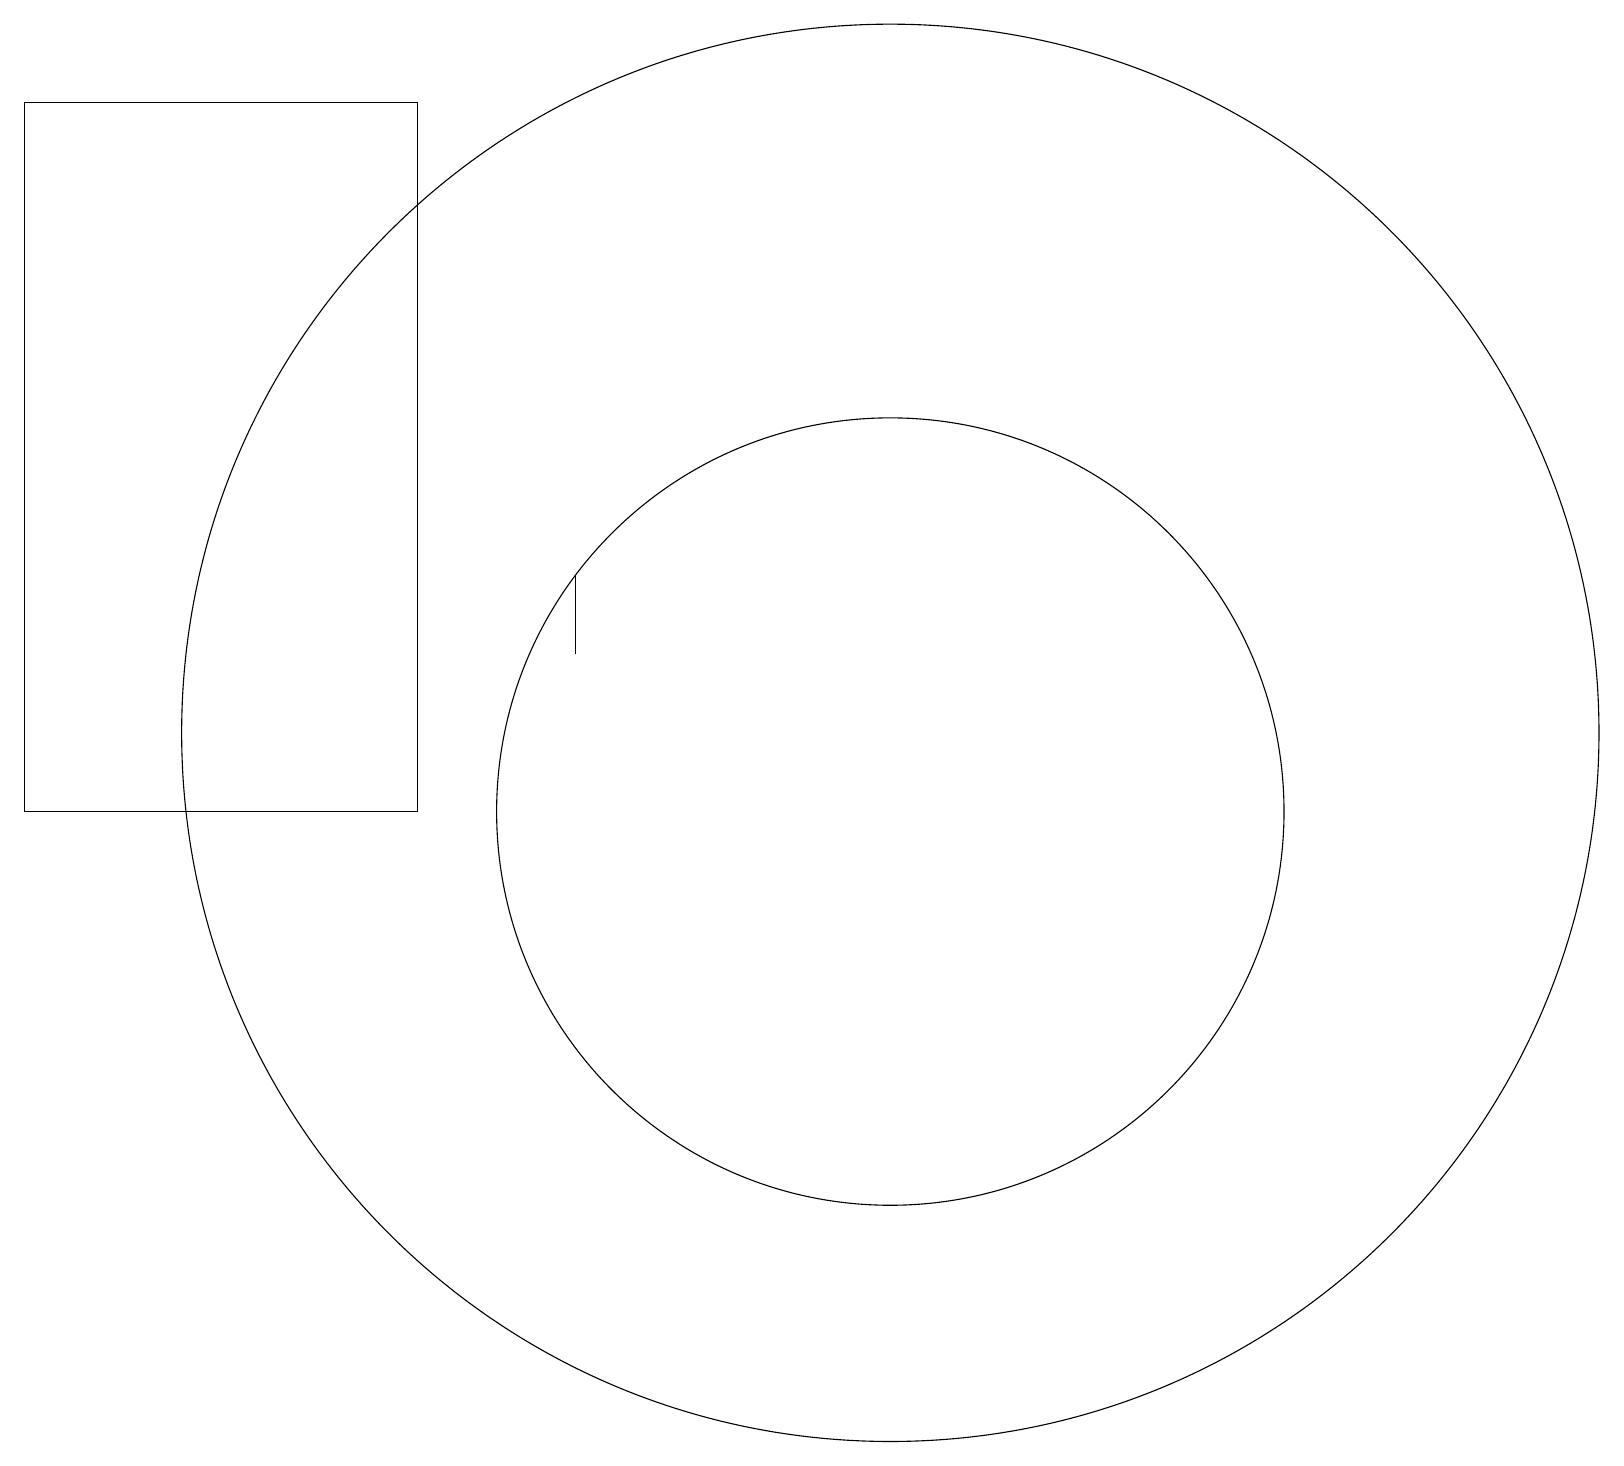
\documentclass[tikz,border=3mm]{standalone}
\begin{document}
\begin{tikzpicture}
\draw (7,12) rectangle (7,13);
\draw (11,11) circle (0);
\draw (0,10) rectangle (5,19);
\draw (11,10) circle (5);
\draw (11,11) circle (9);
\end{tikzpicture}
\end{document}